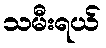
သမီးရယ်